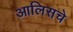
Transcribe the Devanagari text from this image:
आलिसचे